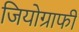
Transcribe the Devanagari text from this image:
जियोग्राफी